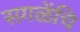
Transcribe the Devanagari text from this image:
सगळेंचि